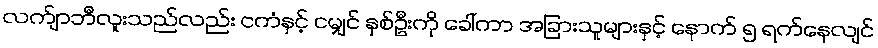
လက်ျာဘီလူးသည်လည်း ငကံနှင့် ငမျှင် နှစ်ဦးကို ခေါ်ကာ အခြားသူများနှင့် နောက် ၅ ရက်နေလျင်